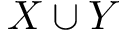
X \cup Y